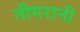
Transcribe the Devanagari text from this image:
नीगरानी